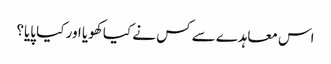
اس معاہدے سے کس نے کیا کھویا اور کیا پایا؟